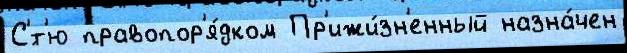
С'́т'ю правопор'я́дком Пр'ижи́зн'енный назна́чен